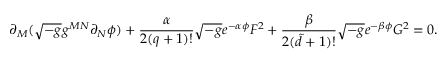
\partial _ { M } ( \sqrt { - g } g ^ { M N } \partial _ { N } \phi ) + \frac { \alpha } { 2 ( q + 1 ) ! } \sqrt { - g } e ^ { - \alpha \phi } F ^ { 2 } + \frac { \beta } { 2 ( { \tilde { d } } + 1 ) ! } \sqrt { - g } e ^ { - \beta \phi } G ^ { 2 } = 0 .